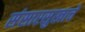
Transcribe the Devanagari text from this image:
संसारसुखाचे